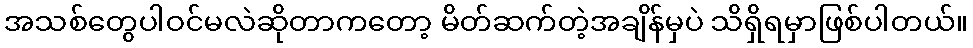
အသစ်တွေပါဝင်မလဲဆိုတာကတော့ မိတ်ဆက်တဲ့အချိန်မှပဲ သိရှိရမှာဖြစ်ပါတယ်။